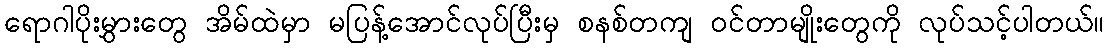
ရောဂါပိုးမွှားတွေ အိမ်ထဲမှာ မပြန့်အောင်လုပ်ပြီးမှ စနစ်တကျ ဝင်တာမျိုးတွေကို လုပ်သင့်ပါတယ်။